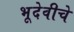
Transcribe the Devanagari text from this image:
भूदेवीचे